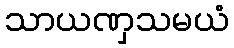
သာယဏှသမယံ